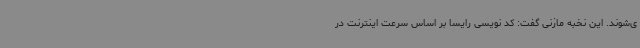
ی‌شوند. این نخبه‌ مازنی گفت: کد نویسی رایسا بر اساس سرعت اینترنت در